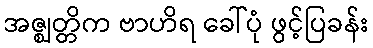
အဇ္ဈတ္တိက ဗာဟိရ ခေါ်ပုံ ဖွင့်ပြခန်း